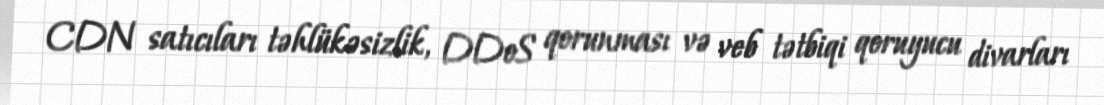
CDN satıcıları təhlükəsizlik, DDoS qorunması və veb tətbiqi qoruyucu divarları